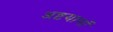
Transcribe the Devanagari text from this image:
अष्टयामों